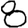
Digit: 8